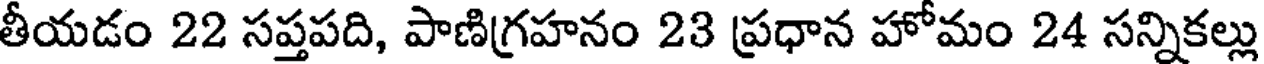
తీయడం 22 సప్తపది, పాణిగ్రహనం 23 ప్రధాన హోమం 24 సన్నికల్లు